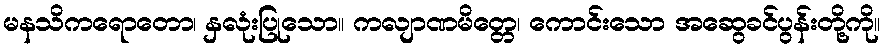
မနသိကရောတော၊ နှလုံးပြုသော။ ကလျာဏမိတ္တေ၊ ကောင်းသော အဆွေခင်ပွန်းတို့ကို။